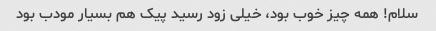
سلام! همه چیز خوب بود، خیلی زود رسید پیک هم بسیار مودب بود